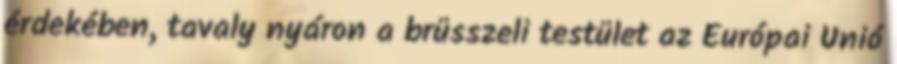
érdekében, tavaly nyáron a brüsszeli testület az Európai Unió